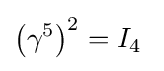
\left(\gamma ^{5}\right)^{2}=I_{4}~